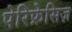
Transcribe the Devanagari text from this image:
पेरिफ्रेसिज़